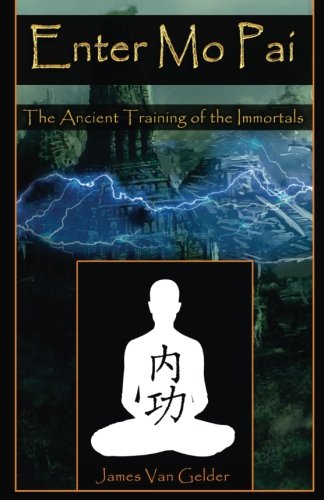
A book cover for Enter Mo Pai: The Ancient Training of the Immortals; Mr James Van Gelder; Religion & Spirituality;